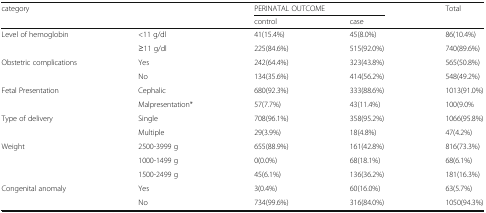
| <ROWSPAN=2-COLSPAN=2> category | <COLSPAN=2> PERINATAL OUTCOME | <ROWSPAN=2> Total |
 | control | case |
 | --- | --- | --- | --- | --- |
 | <ROWSPAN=2> Level of hemoglobin | <11 g/dl | 41(15.4%) | 45(8.0%) | 86(10.4%) |
 | ≥11 g/dl | 225(84.6%) | 515(92.0%) | 740(89.6%) |
 | <ROWSPAN=2> Obstetric complications | Yes | 242(64.4%) | 323(43.8%) | 565(50.8%) |
 | No | 134(35.6%) | 414(56.2%) | 548(49.2%) |
 | <ROWSPAN=2> Fetal Presentation | Cephalic | 680(92.3%) | 333(88.6%) | 1013(91.0%) |
 | Malpresentation* | 57(7.7%) | 43(11.4%) | 100(9.0% |
 | <ROWSPAN=2> Type of delivery | Single | 708(96.1%) | 358(95.2%) | 1066(95.8%) |
 | Multiple | 29(3.9%) | 18(4.8%) | 47(4.2%) |
 | <ROWSPAN=3> Weight | 2500-3999 g | 655(88.9%) | 161(42.8%) | 816(73.3%) |
 | 1000-1499 g | 0(0.0%) | 68(18.1%) | 68(6.1%) |
 | 1500-2499 g | 45(6.1%) | 136(36.2%) | 181(16.3%) |
 | <ROWSPAN=2> Congenital anomaly | Yes | 3(0.4%) | 60(16.0%) | 63(5.7%) |
 | No | 734(99.6%) | 316(84.0%) | 1050(94.3%) |